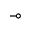
\multimap